65_HS1-834228961_62-HQ-83894_SUB_A
Agency: FBI
Page 100
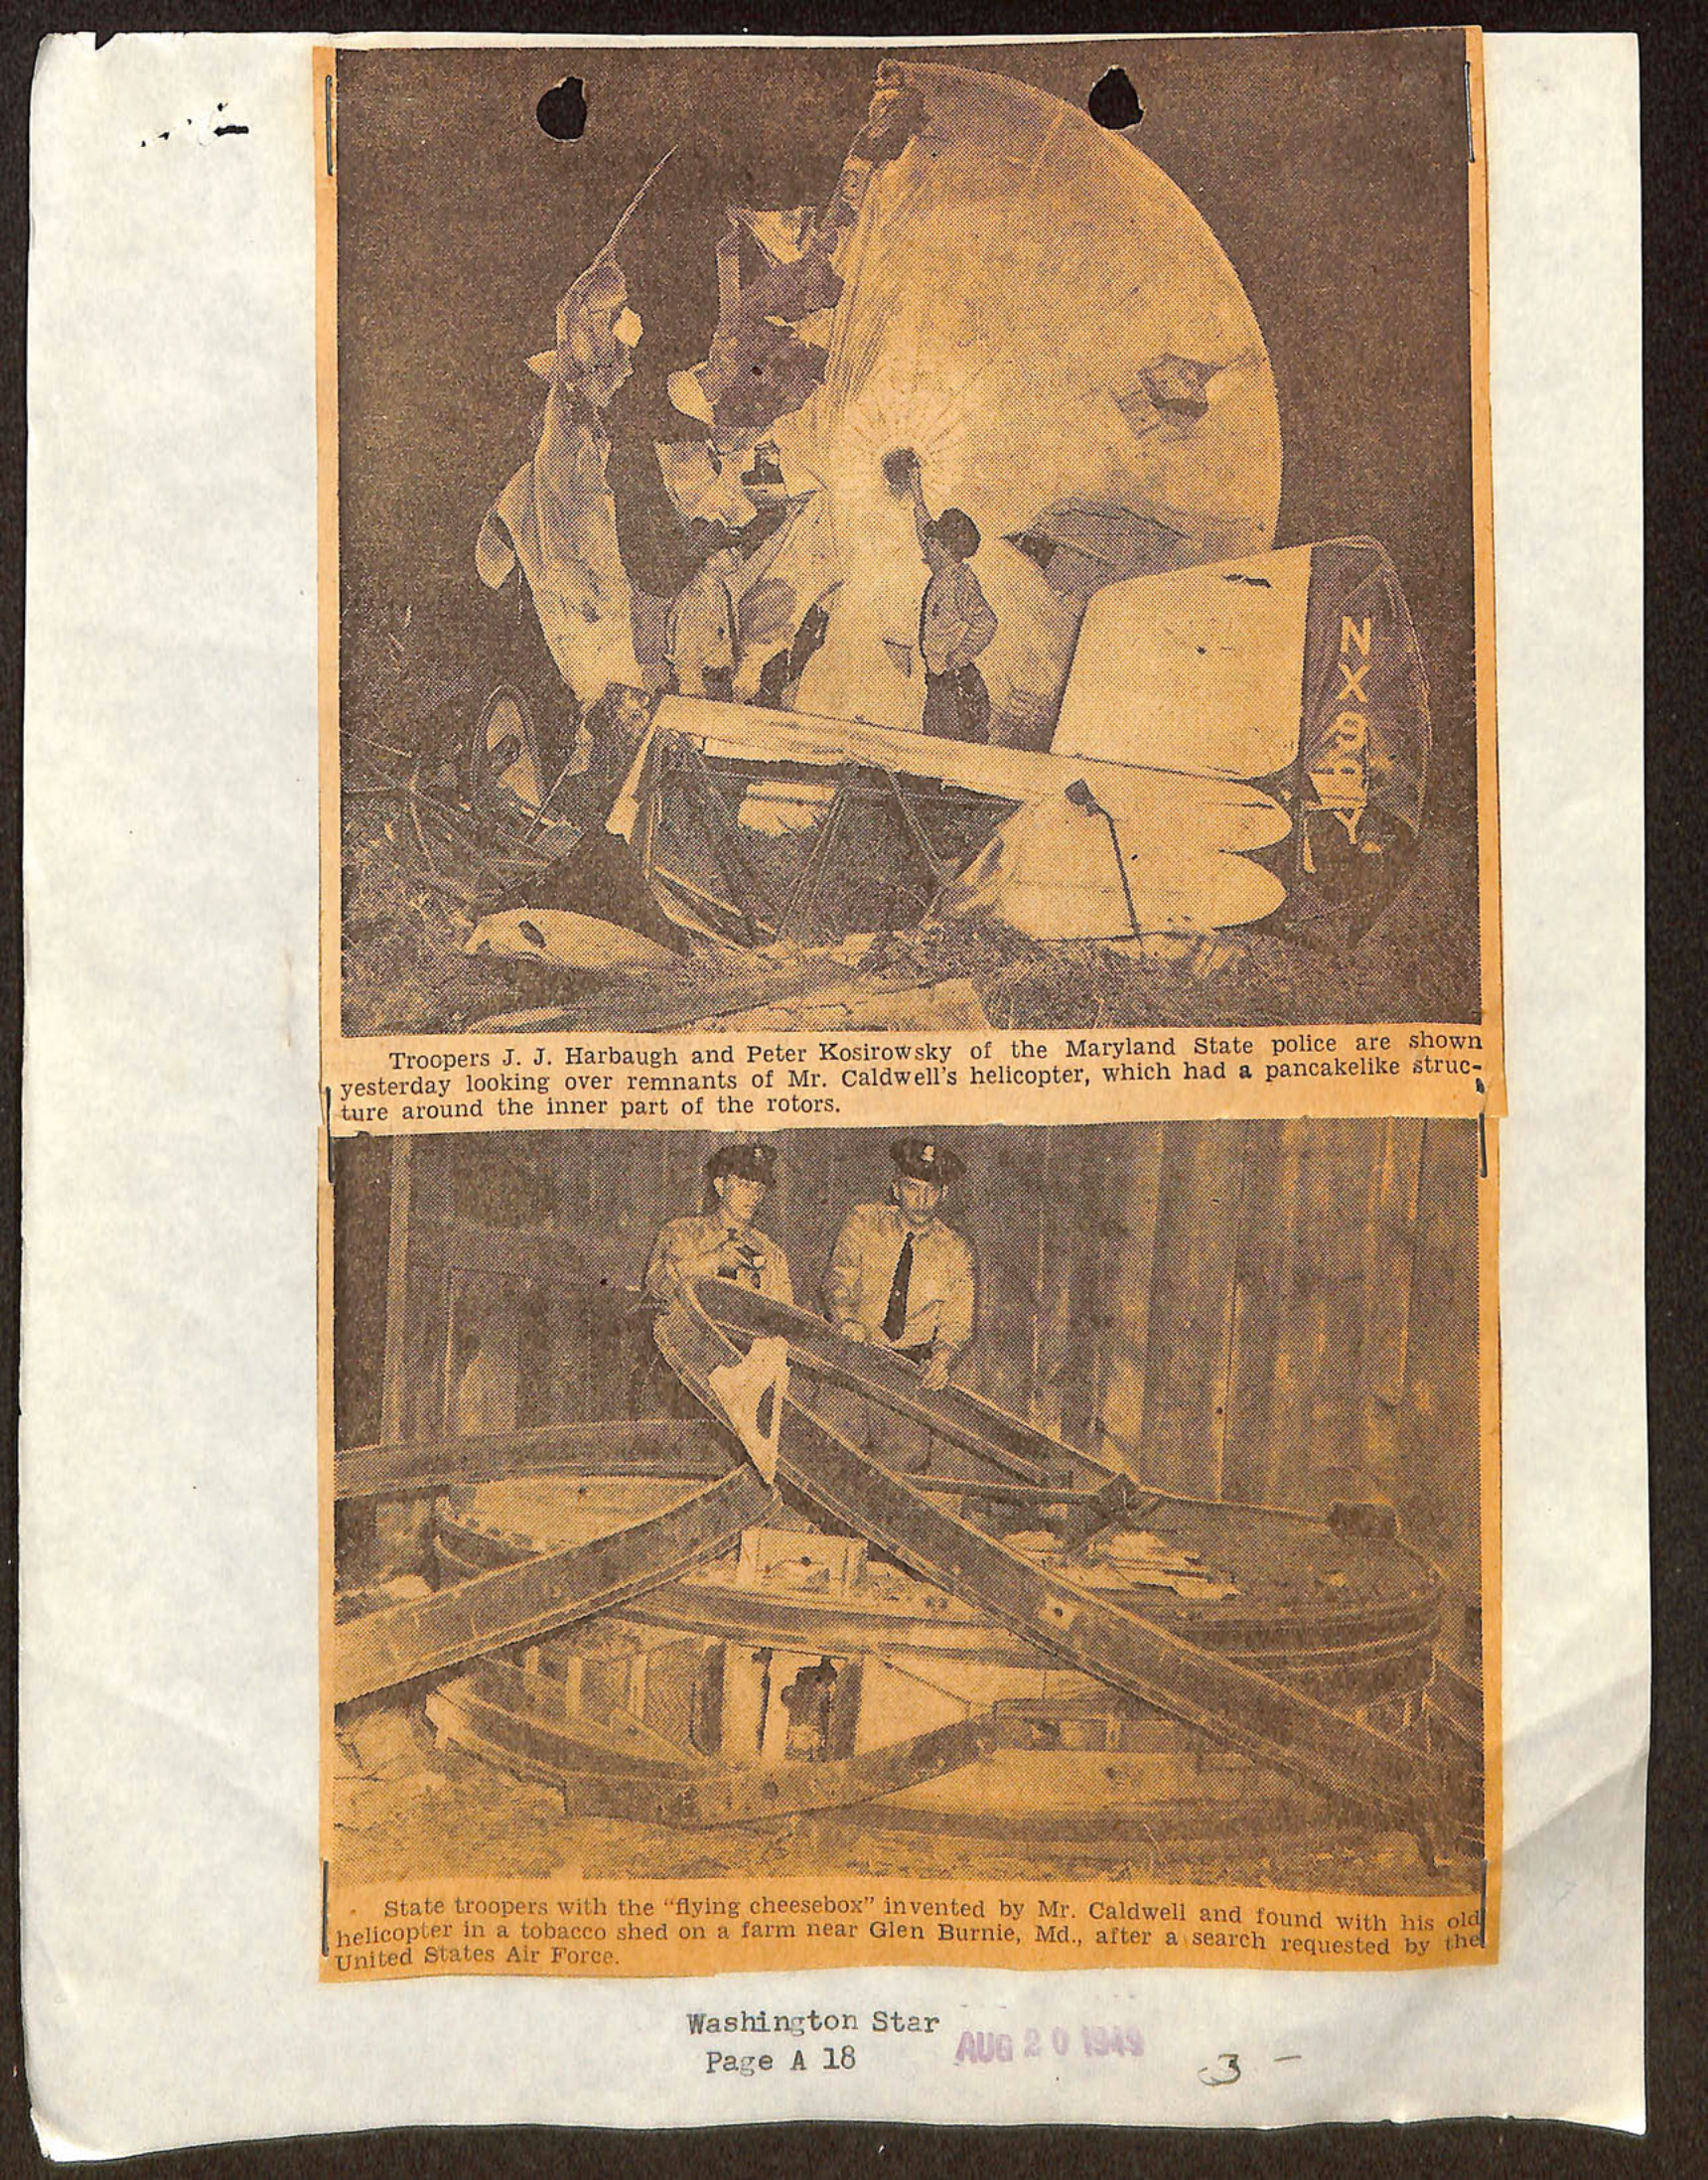